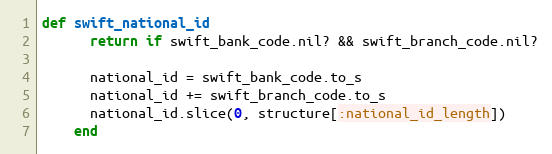
Language: Ruby
def swift_national_id
      return if swift_bank_code.nil? && swift_branch_code.nil?

      national_id = swift_bank_code.to_s
      national_id += swift_branch_code.to_s
      national_id.slice(0, structure[:national_id_length])
    end